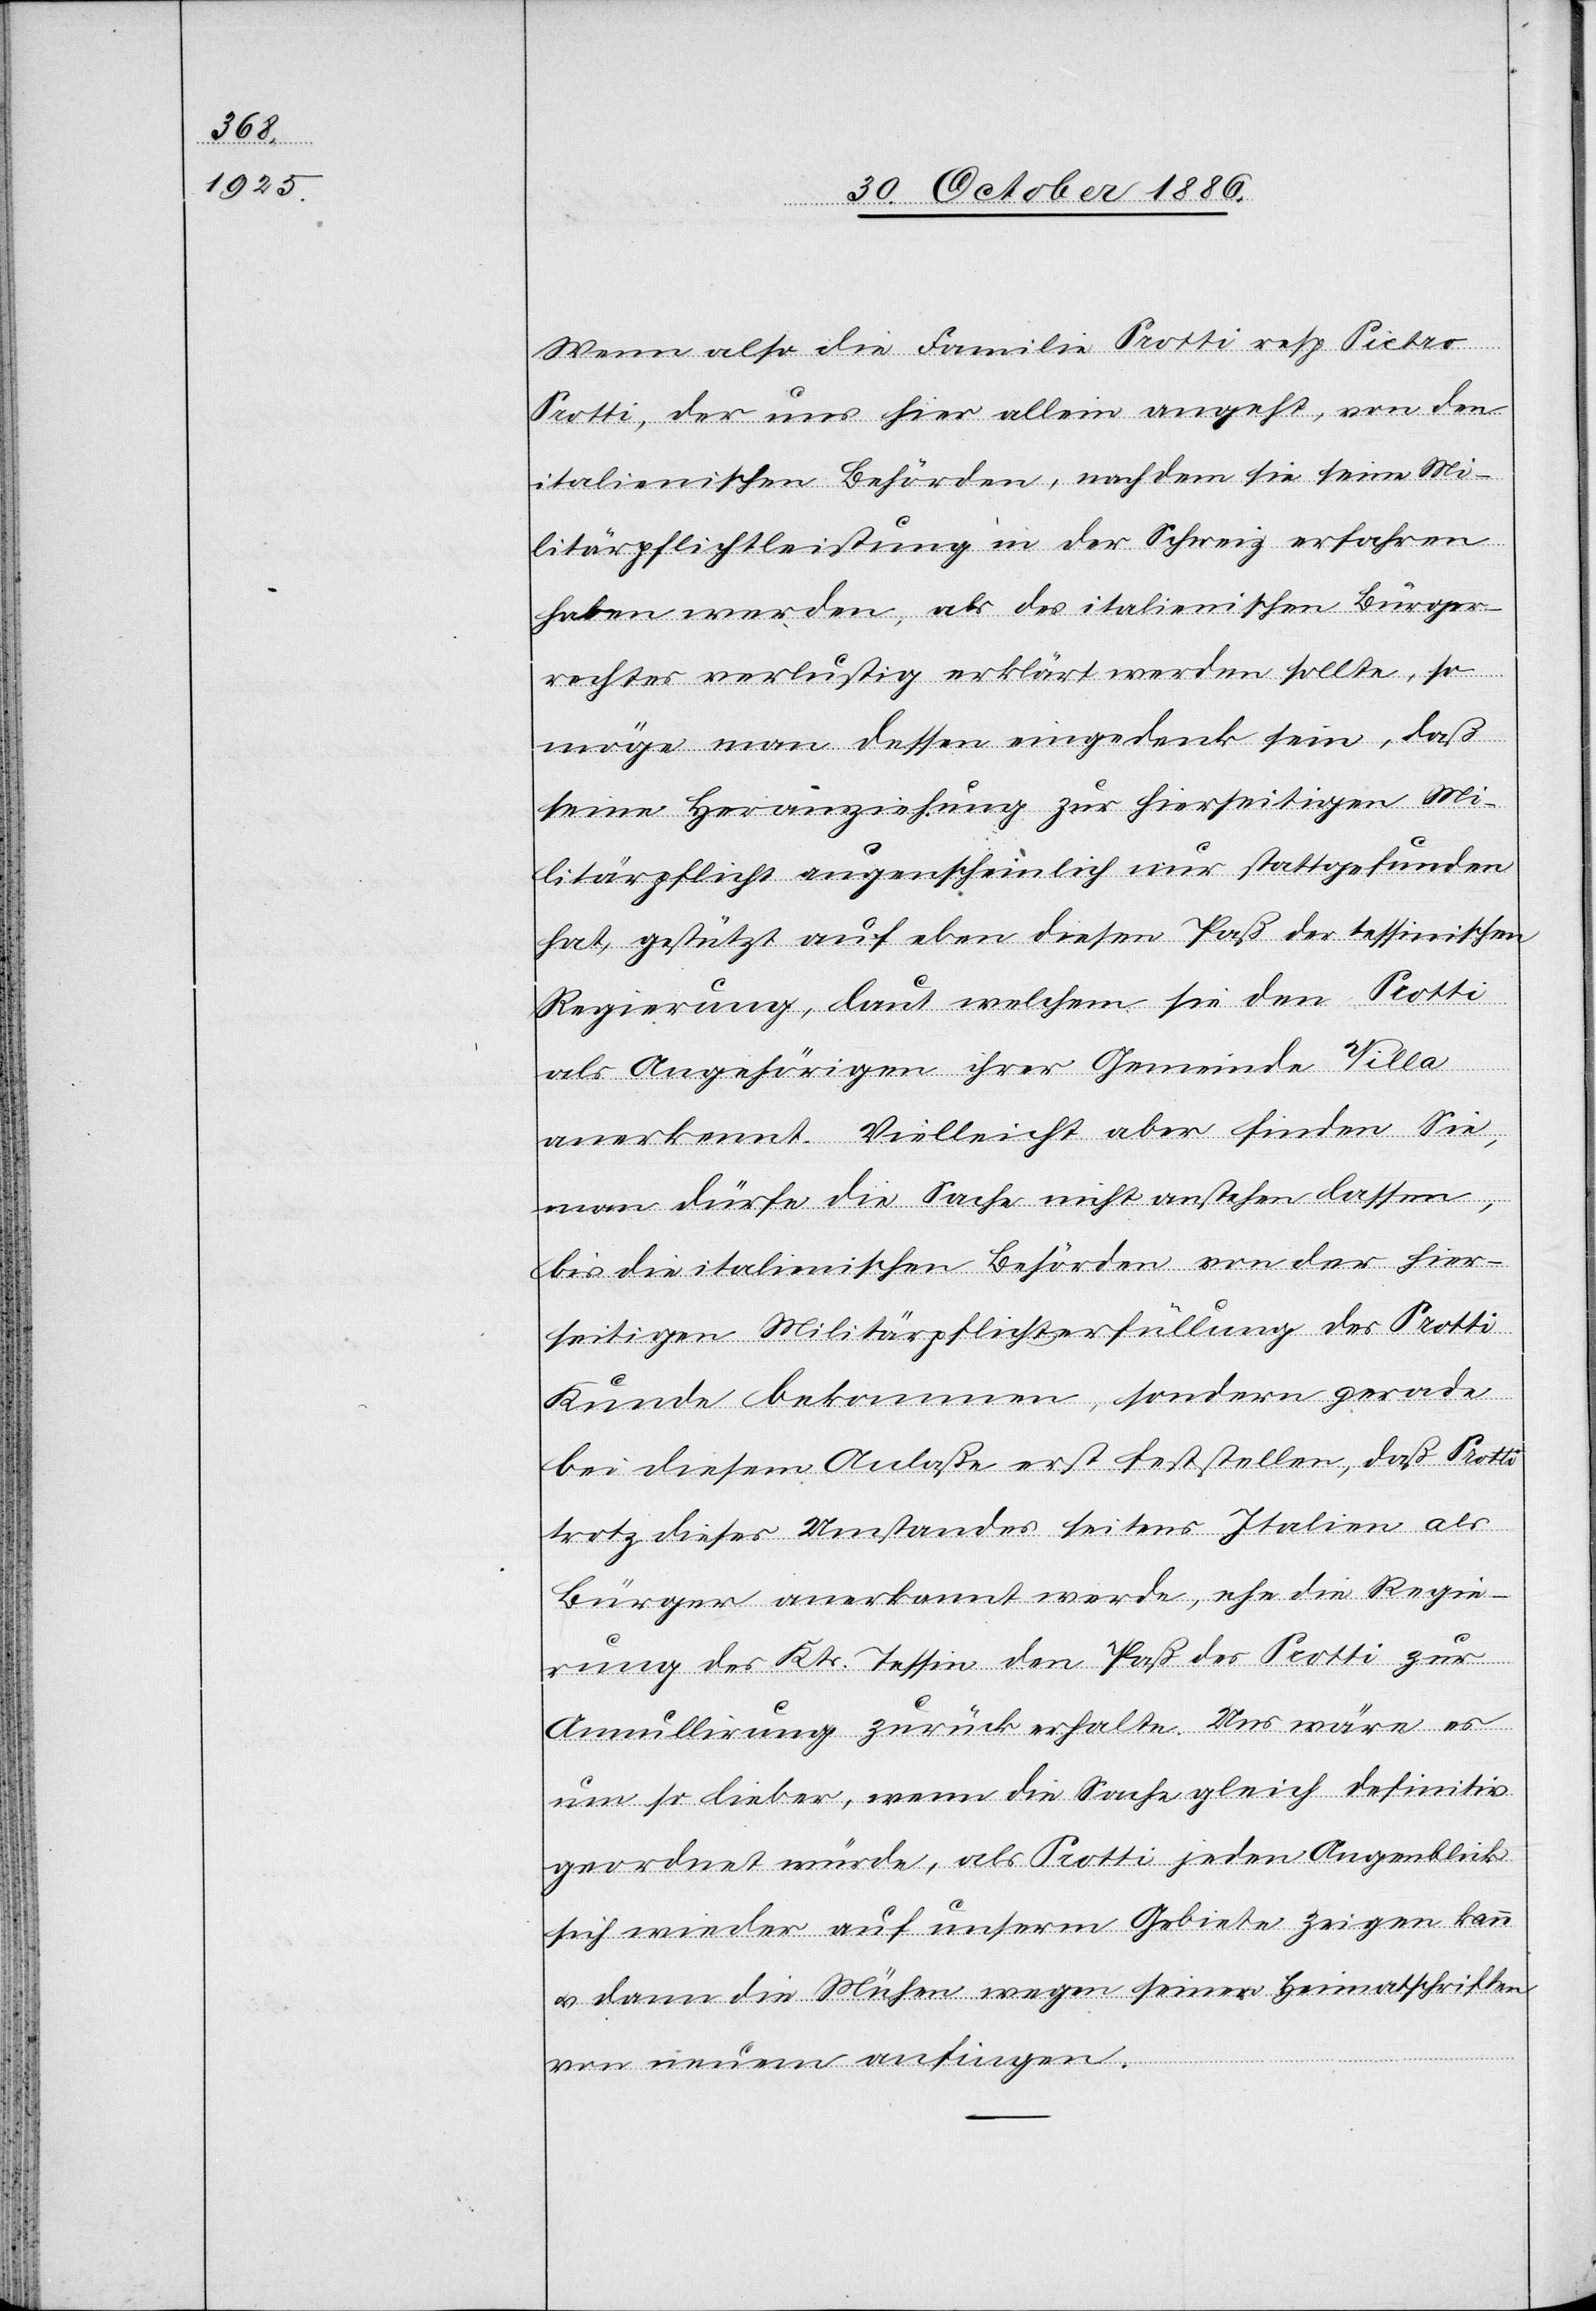
Wenn also die Familie Protti resp. Pietro
Protti, der uns hier allein angeht, von den
italienischen Behörden, nachdem sie seine Mi¬
litärpflichtleistungen in der Schweiz erfahren
haben werden, als des italienischen Bürger¬
rechtes verlustig erklärt werden sollte, so
möge man dessen eingedenk sein, daß
seine Heranziehung zur hierseitigen Mi¬
litärpflicht augenscheinlich nur stattgefunden
hat, gestützt auf eben diesen Paß der tessinischen
Regierung, laut welchem sie den Protti
als Angehörigen ihrer Gemeinde Villa
anerkennt. Vielleicht aber finden Sie,
man dürfe die Sache nicht anstehen lassen,
bis die italienischen Behörden von der hier¬
seitigen Militärpflichterfüllung des Protti
Kunde bekommen, sondern gerade
bei diesem Anlaße erst feststellen, daß Protti
trotz dieses Umstandes seitens Italien als
Bürger anerkannt werde, ehe die Regie¬
rung des Kts. Tessin den Paß des Protti zur
Annullirung zurück erhalte. Uns wäre es
um so lieber, wenn die Sache gleich definitiv
geordnet würde, als Protti jeden Augenblick
sich wieder auf unserm Gebiete zeigen kann
& dann die Mühen wegen seiner Heimatschriften
von neuem anfingen.